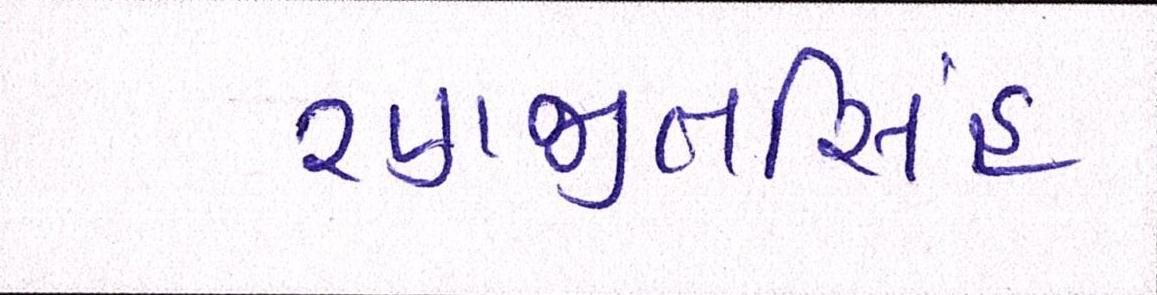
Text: રણજીતસિંહ